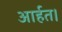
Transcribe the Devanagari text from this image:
आर्हत।